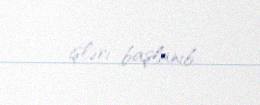
işləri başlanıb.